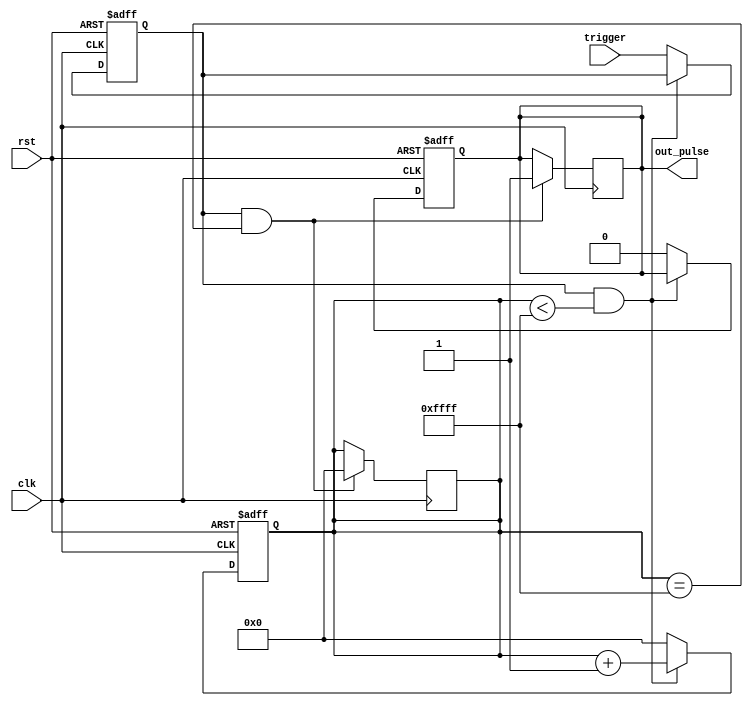
module one_shot_timer (
    input clk,
    input trigger,
    input rst,
    output reg out_pulse
);

reg [15:0] count;
reg trigger_synced;

always @(posedge clk or posedge rst) begin
    if (rst) begin
        count <= 16'h0000;
        trigger_synced <= 1'b0;
        out_pulse <= 1'b0;
    end else begin
        if (trigger_synced && count < 16'hFFFF) begin
            count <= count + 1;
        end else begin
            count <= 16'h0000;
            trigger_synced <= trigger;
            out_pulse <= 1'b0;
        end
    end
end

always @(posedge clk) begin
    if (trigger_synced && count == 16'hFFFF) begin
        out_pulse <= 1'b1;
        count <= 16'h0000;
    end
end

endmodule